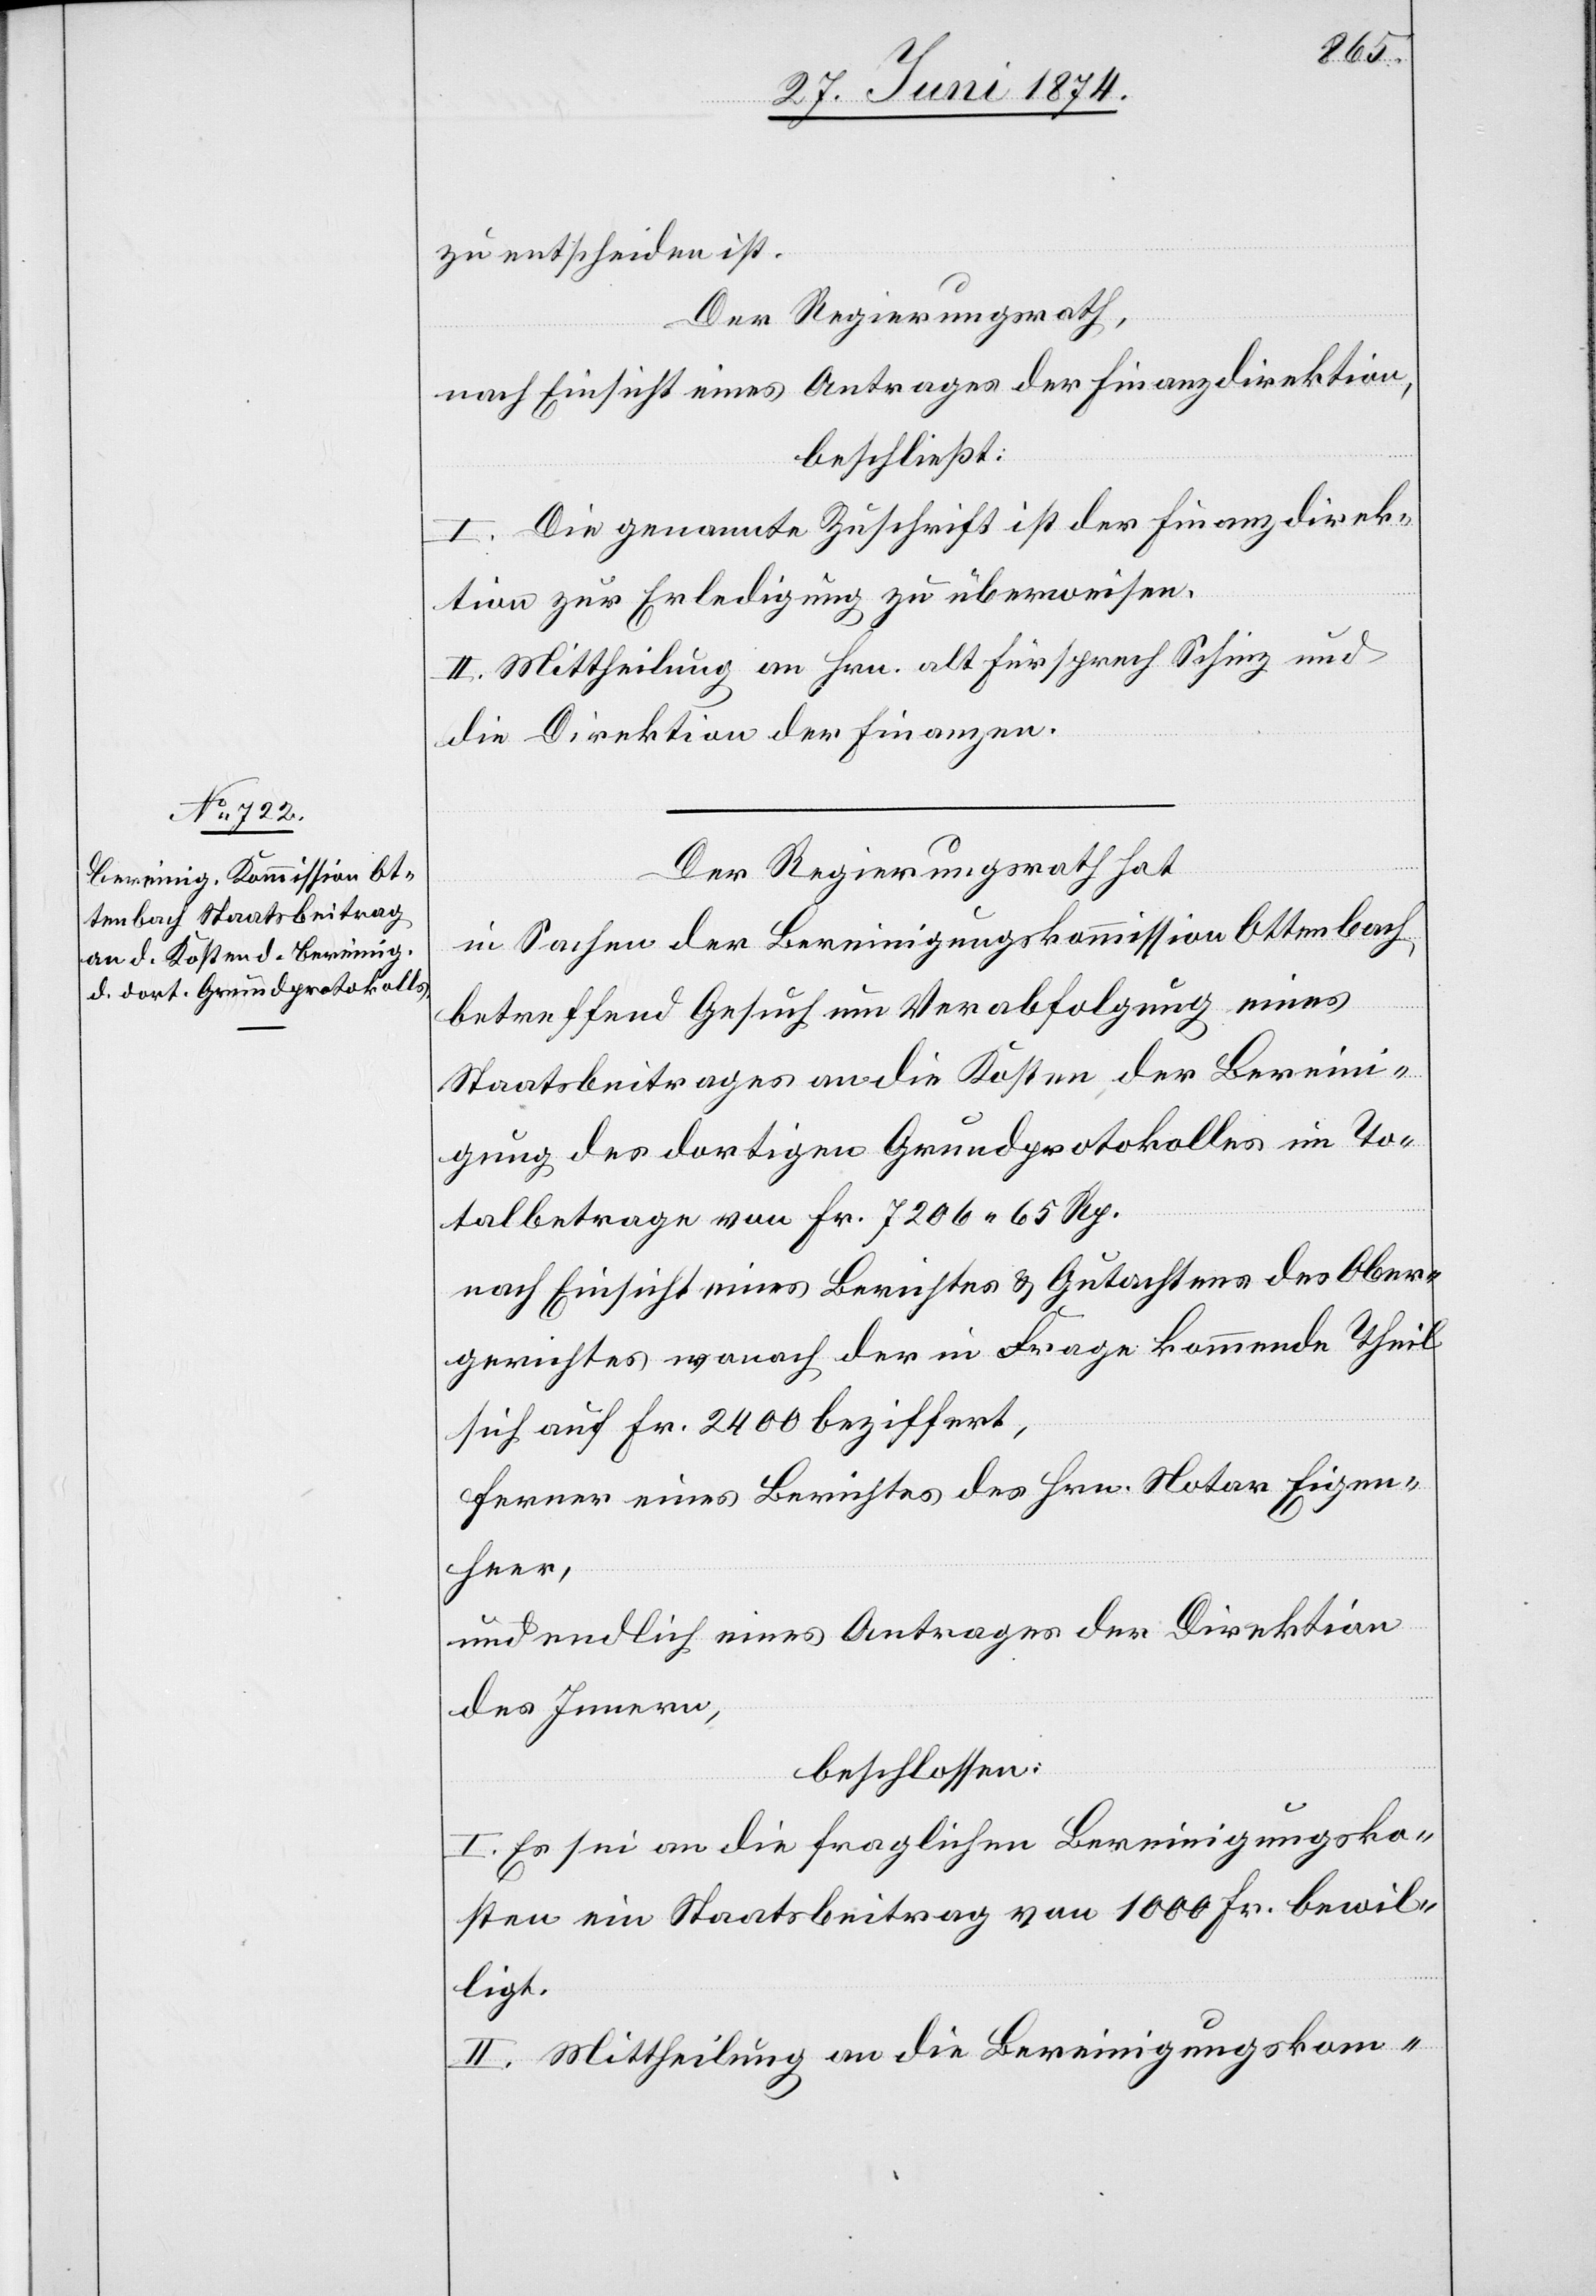
zu entscheiden ist.
Der Regierungsrath,
nach Einsicht eines Antrages der Finanzdirektion,
beschließt:
I. Die genannte Zuschrift ist der Finanzdirek¬
tion zur Erledigung zu überweisen.
II. Mittheilung an Hrn. alt Fürsprech Schinz und
die Direktion der Finanzen.
Der Regierungsrath hat
in Sachen der Bereinigungskommission Ottenbach
betreffend Gesuch um Verabfolgung eines
Staatsbeitrages an die Kosten der Berein¬
igung des dortigen Grundprotokolles im To¬
talbetrage von Fr. 7206. 65 Rp.
nach Einsicht eines Berichtes u. Gutachtens des Ober¬
gerichtes wonach der in Frage kommende Theil
sich auf Fr. 2400 beziffert,
ferner eines Berichtes des Hrn. Notar Eigen¬
heer,
und endlich eines Antrages der Direktion
des Innern,
beschlossen:
I. Es sei an die fraglichen Bereinigungsko¬
sten ein Staatsbeitrag von 1000 Fr. bewil¬
ligt.
II. Mittheilung an die Bereinigungskom-